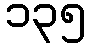
၁၃၅